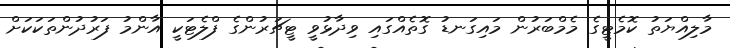
މާލިއްޔަތު ކޮމެޓީގެ މެމްބަރުން މައިގަނޑު ގޮތެއްގައި ވިދާޅުވީ ޓީޗަރުންގެ ފްލެޓަކީ އާންމު ފަރުދުންތަކަކަށް